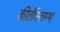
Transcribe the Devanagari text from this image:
कीर्तीस्तम्भ